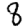
Digit: 8